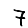
Digit: 7